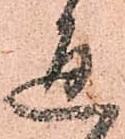
通